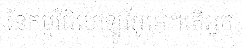
នៃកម្មវិធីហេឡូវីអូអេ។តើអ្នក